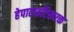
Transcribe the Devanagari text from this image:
हेपाटाइटिसरक्त